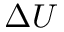
\Delta U